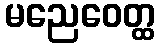
မညေဝေတ္ထ